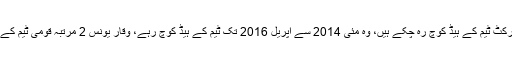
وقار یونس 2 مرتبہ پاکستان کرکٹ ٹیم کے ہیڈ کوچ رہ چکے ہیں، وہ مئی 2014 سے اپریل 2016 تک ٹیم کے ہیڈ کوچ رہے، وقار یونس 2 مرتبہ قومی ٹیم کے بولنگ کوچ بھی رہ چکے ہیں۔